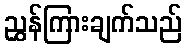
ညွှန်ကြားချက်သည်